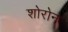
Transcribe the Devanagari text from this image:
शोरोन